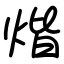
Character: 煯